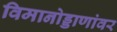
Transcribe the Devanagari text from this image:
विमानोड्डाणांवर